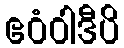
ဧဝံဝါဒီပိ